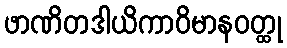
ဖာဏိတဒါယိကာဝိမာနဝတ္ထု